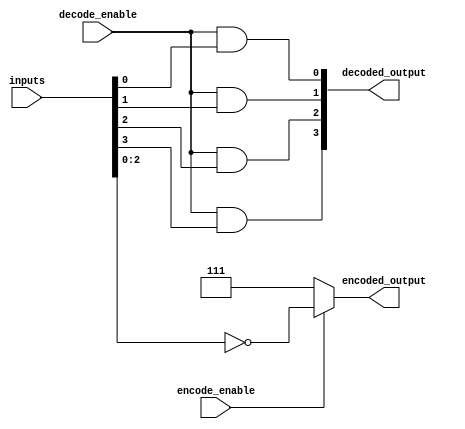
module priority_encoder_decoder (
    input [3:0] inputs,
    input encode_enable,
    input decode_enable,
    output [2:0] encoded_output,
    output [3:0] decoded_output
);

// Priority Encoder
assign encoded_output = (encode_enable) ? {1'b0, ~inputs} : 3'b111; 

// Decoder Logic
assign decoded_output[0] = (decode_enable && inputs[0]);
assign decoded_output[1] = (decode_enable && inputs[1]);
assign decoded_output[2] = (decode_enable && inputs[2]);
assign decoded_output[3] = (decode_enable && inputs[3]);

endmodule